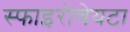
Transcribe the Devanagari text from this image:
स्फाइरोचेयटा